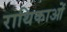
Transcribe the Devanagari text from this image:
राथिकाओं